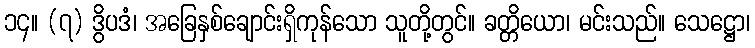
၁၄။ (၇) ဒွိပဒံ၊ အခြေနှစ်ချောင်းရှိကုန်သော သူတို့တွင်။ ခတ္တိယော၊ မင်းသည်။ သေဋ္ဌော၊